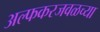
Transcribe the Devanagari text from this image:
अल्फकरजवळच्या